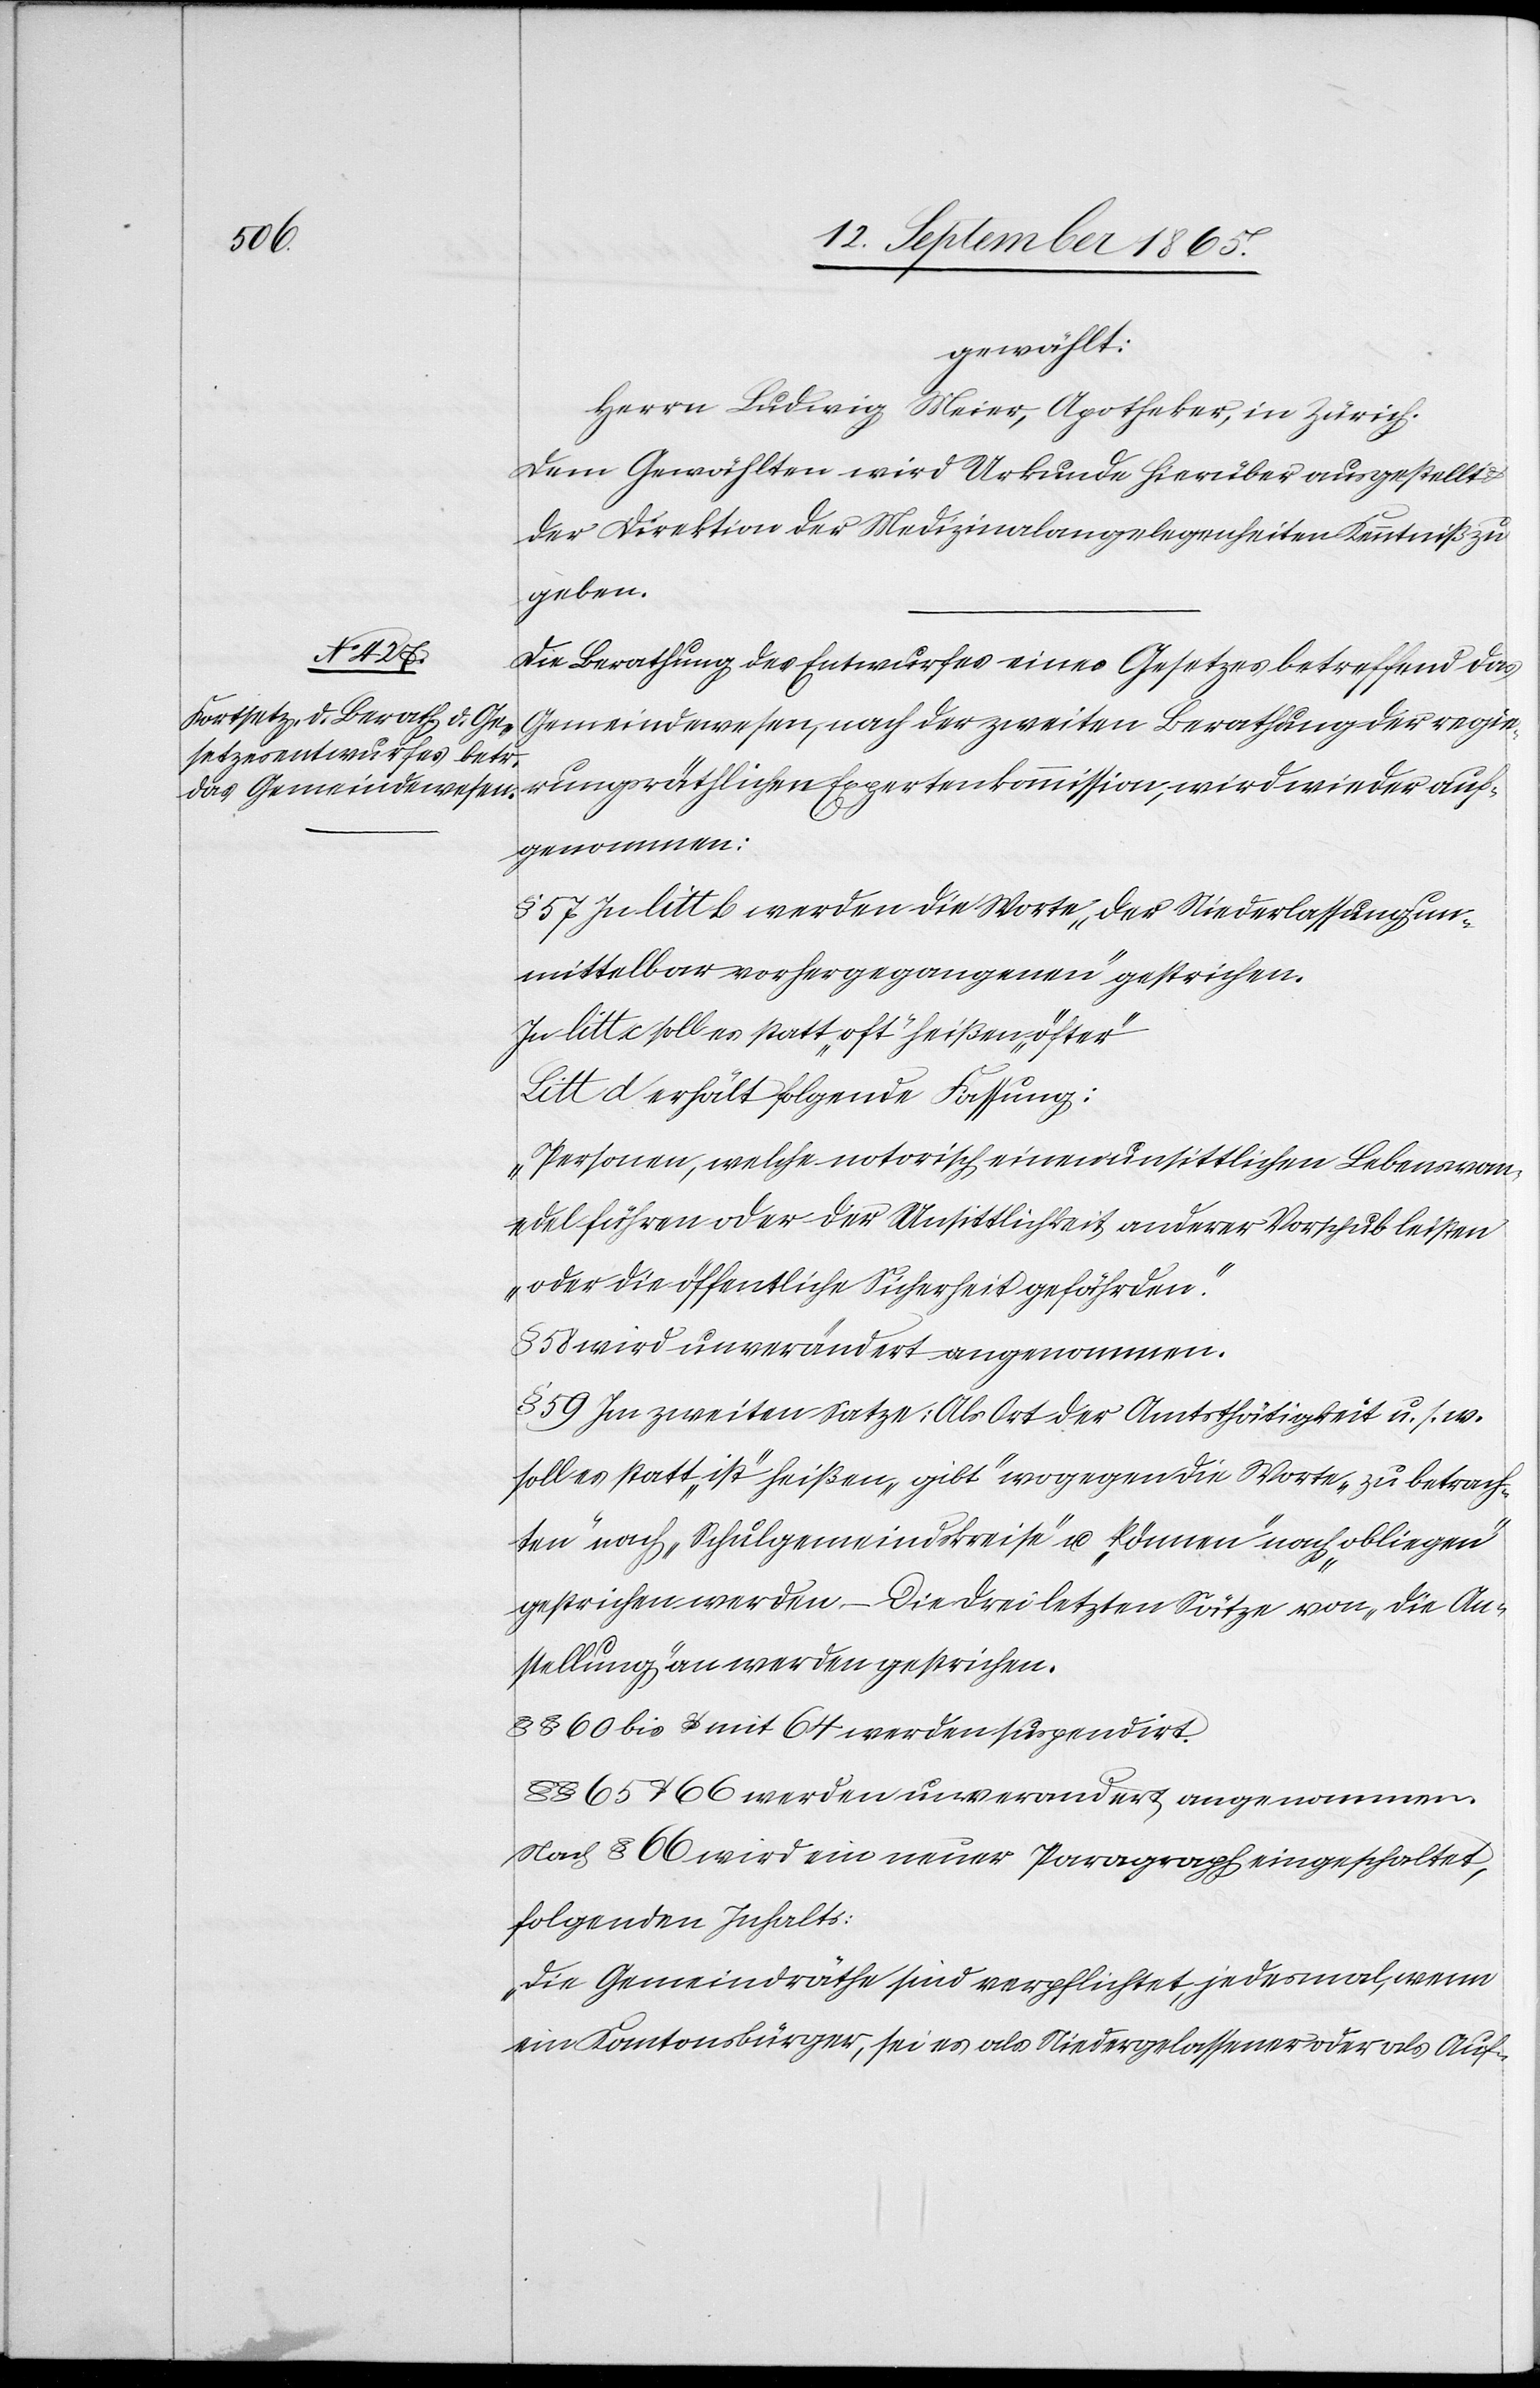
gewählt:
Herrn Ludwig Meier, Apotheker, in Zürich.
Dem Gewählten wird Urkunde hierüber ausgestellt
der Direktion der Medizinalangelegenheiten Kenntniß zu
gegeben].
Die Berathung des Entwurfes eines Gesetzes betreffend das
Gemeindewesen, nach der zweiten Berathung der regie¬
rungsräthlichen Expertenkommission, wird wieder auf¬
genommen:
§ 57 In litt b. werden die Worte „der Niederlassung un¬
mittelbar vorhergegangenen“ gestrichen.
In litt c soll es statt „oft“ heißen „öfter“
Litt d erhält Folgende Fassung:
„Personen, welche notorisch einen unsittlichen Lebenswan¬
del führen oder der Unsittlichkeit anderer Vorschub leisten
oder die öffentliche Sicherheit gefährden.“
58 wird unverändert angenommen.
§ 59 Im zweiten Satze: „Als Ort der Amtsthätigkeit u. s. w.
solle es statt „ist“ heißen „gibt“ wogegen die Worte „zu betrach¬
ten“ nach „Schulgemeindskreise“ u. „können“ nach „obliegen“
gestrichen werden. – Die drei letzten Sätze von „die An¬
stellung“ an werden gestrichen.
§ § 60 bis 64 werden suspendirt.
§ § 65 u. 66 werden unverandert angenommen.
Nach § 66 wird ein neuer Paragraph eingeschaltet,
folgenden Inhalts:
„Die Gemeindräthe sind verpflichtet, jedesmal, wenn
ein Kantonsbürger, sei es als Niedergelassener oder als Auf-